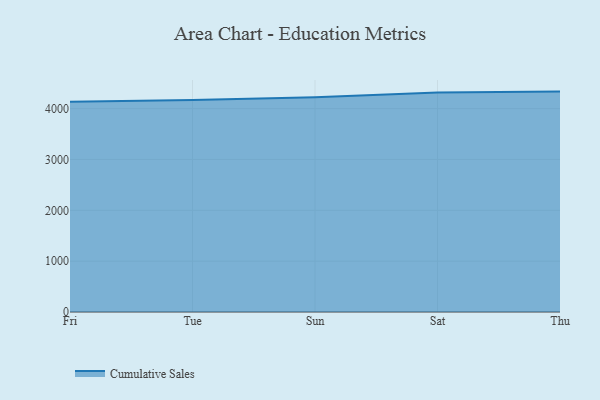
{"axis": {"x": "Day", "y": "LTV (USD)"}, "legend": ["Cumulative Sales"], "data": [{"x": "Fri", "y": 4134.6, "type": "Cumulative Sales"}, {"x": "Tue", "y": 4168.1, "type": "Cumulative Sales"}, {"x": "Sun", "y": 4221.8, "type": "Cumulative Sales"}, {"x": "Sat", "y": 4314.6, "type": "Cumulative Sales"}, {"x": "Thu", "y": 4334.6, "type": "Cumulative Sales"}]}